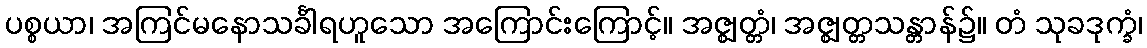
ပစ္စယာ၊ အကြင်မနောသင်္ခါရဟူသော အကြောင်းကြောင့်။ အဇ္ဈတ္တံ၊ အဇ္ဈတ္တသန္တာန်၌။ တံ သုခဒုက္ခံ၊